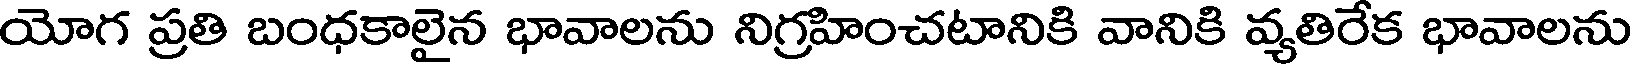
యోగ ప్రతి బంధకాలైన భావాలను నిగ్రహించటానికి వానికి వ్యతిరేక భావాలను